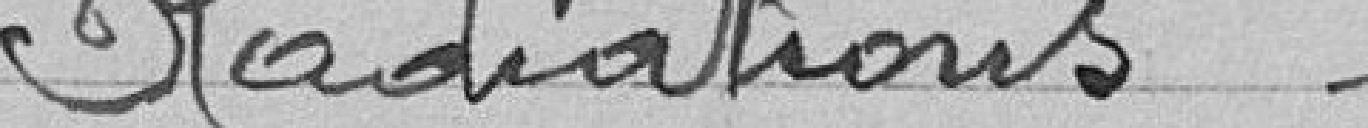
Radiations - -  - - - - - - - - - - - - - - - - - - - - -         4